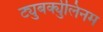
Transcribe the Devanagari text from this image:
ट्युबर्क्युलिनम